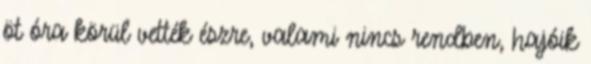
öt óra körül vették észre, valami nincs rendben, hajóik